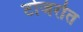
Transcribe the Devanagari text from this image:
टोजरोत